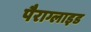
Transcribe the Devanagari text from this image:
पैराग्लाइड